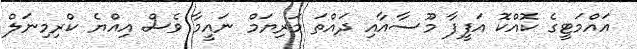
އައްމަޓީގެ ކޮއްކޮ އަފީފާ މޫސާއާއި ދައްތަ މަރިޔަމް ނައީމާ ވެސް އިއްޔެ ކްރިމިނަލް